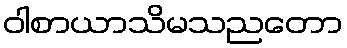
ဝါစာယာသိမသညတော